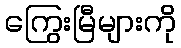
ကြွေးမြီများကို